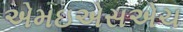
એમઇએસએચ